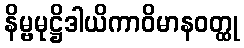
နိမ္ဗမုဋ္ဌိဒါယိကာဝိမာနဝတ္ထု